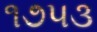
૧૭૫૩